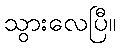
သွားလေပြီ။